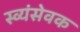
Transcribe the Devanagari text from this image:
स्व्यंसेवक